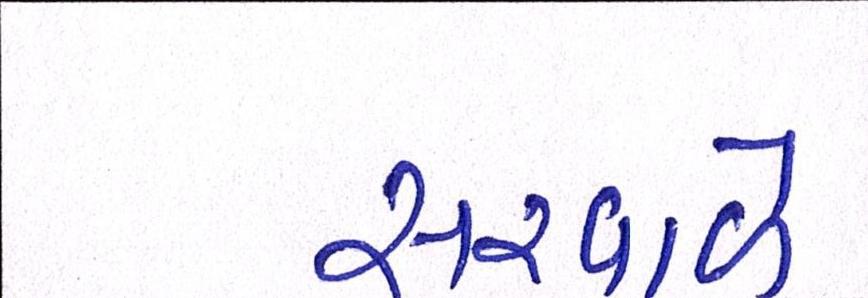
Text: સરવાળે